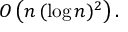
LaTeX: O \left( n \, ( \log n ) ^ { 2 } \right) .